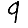
Digit: 9